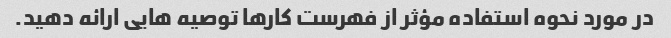
در مورد نحوه استفاده مؤثر از فهرست کارها توصیه هایی ارائه دهید.